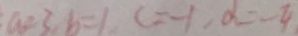
a = 3 , b = 1 , c = - 1 , d = - 4